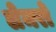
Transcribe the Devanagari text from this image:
लेमरो